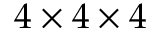
4 \times 4 \times 4